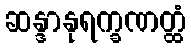
ဆန္ဒာနုရက္ခဏတ္ထံ